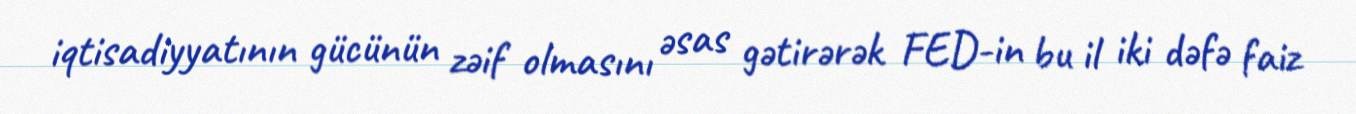
iqtisadiyyatının gücünün zəif olmasını əsas gətirərək FED-in bu il iki dəfə faiz